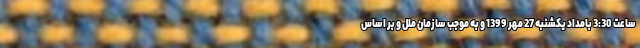
ساعت 3:30 بامداد یکشنبه 27 مهر 1399 و به موجب سازمان ملل و بر اساس